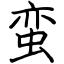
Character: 蛮